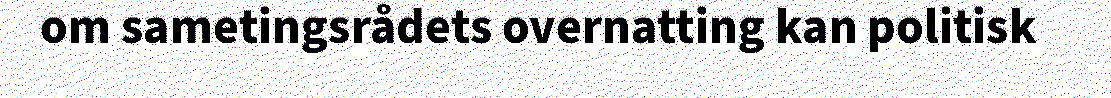
om sametingsrådets overnatting kan politisk